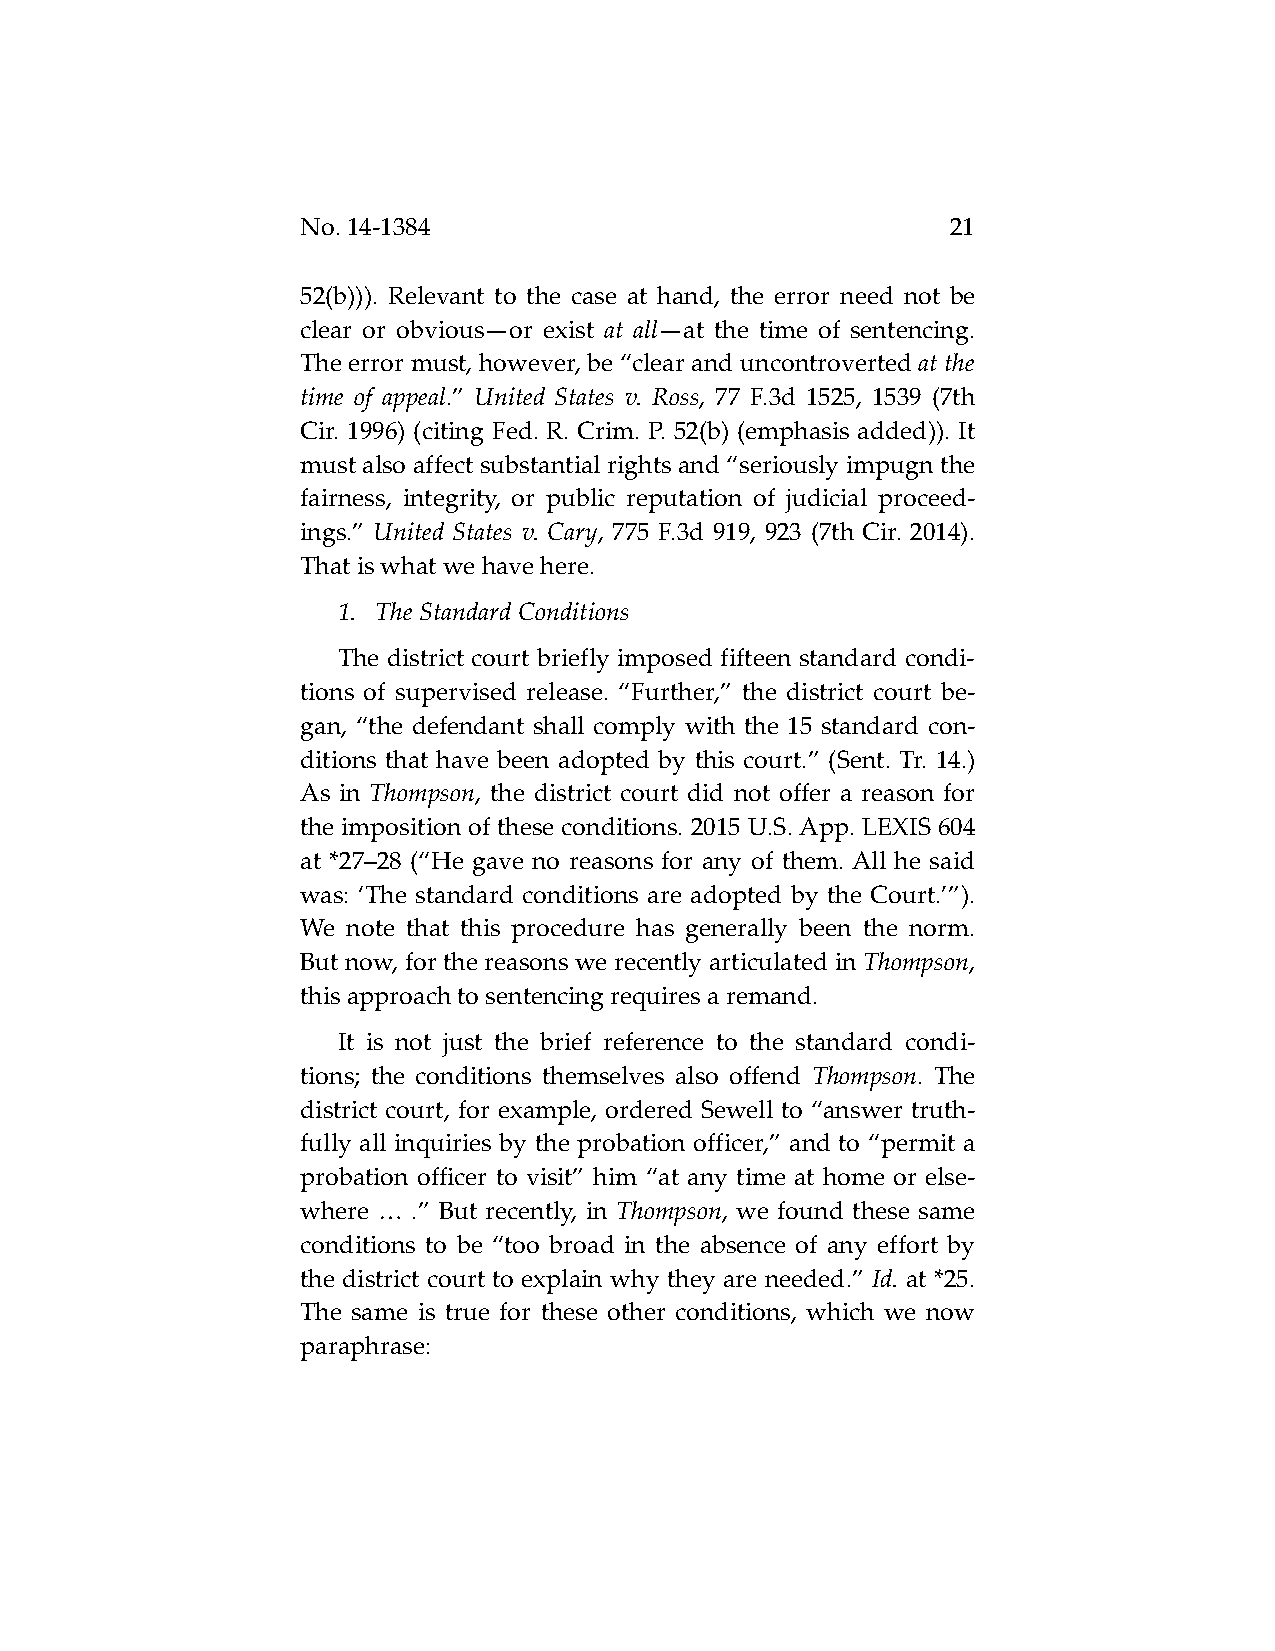
No. 14-1384                                21
 52(b))). Relevant to the case at hand, the error need not be
 clear or obvious—or exist at all—at the time of sentencing.
 The error must, however, be “clear and uncontroverted at the
 time of appeal.” United States v. Ross, 77 F.3d 1525, 1539 (7th
 Cir. 1996) (citing Fed. R. Crim. P. 52(b) (emphasis added)). It
 must also affect substantial rights and “seriously impugn the
 fairness, integrity, or public reputation of judicial proceed-
 ings.” United States v. Cary, 775 F.3d 919, 923 (7th Cir. 2014).
 That is what we have here.
 1. The Standard Conditions
 The district court briefly imposed fifteen standard condi-
 tions of supervised release. “Further,” the district court be-
 gan, “the defendant shall comply with the 15 standard con-
 ditions that have been adopted by this court.” (Sent. Tr. 14.)
 As in Thompson, the district court did not offer a reason for
 the imposition of these conditions. 2015 U.S. App. LEXIS 604
 at *27–28 (“He gave no reasons for any of them. All he said
 was: ‘The standard conditions are adopted by the Court.’”).
 We note that this procedure has generally been the norm.
 But now, for the reasons we recently articulated in Thompson,
 this approach to sentencing requires a remand.
 It is not just the brief reference to the standard condi-
 tions; the conditions themselves also offend Thompson. The
 district court, for example, ordered Sewell to “answer truth-
 fully all inquiries by the probation officer,” and to “permit a
 probation officer to visit” him “at any time at home or else-
 where … .” But recently, in Thompson, we found these same
 conditions to be “too broad in the absence of any effort by
 the district court to explain why they are needed.” Id. at *25.
 The same is true for these other conditions, which we now
 paraphrase: